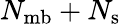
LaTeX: N_{\mathrm{mb}}+N_{\mathrm{s}}